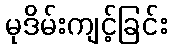
မုဒိမ်းကျင့်ခြင်း